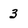
Character: 3